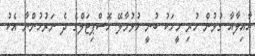
އާއިލާއާ ގުޅުން ހުރި މީހަކު ބުނީ ހުޅުމާލޭ ހޮސްޕިޓަލްގެ ދެ ނަރުހުންނާ އެކު